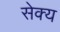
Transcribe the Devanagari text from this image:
सेक्य